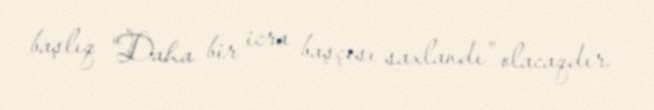
başlıq “Daha bir icra başçısı saxlandı” olacaqdır.